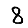
Digit: 8